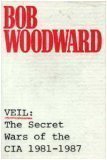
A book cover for Veil: The Secret Wars of the CIA 1981-1987; Bob Woodward; History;